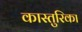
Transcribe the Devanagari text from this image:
कास्तुरिका